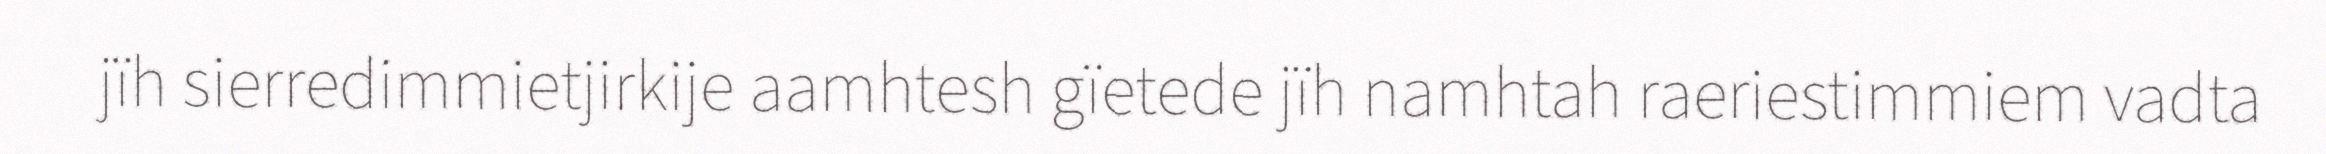
jïh sierredimmietjirkije aamhtesh gïetede jïh namhtah raeriestimmiem vadta